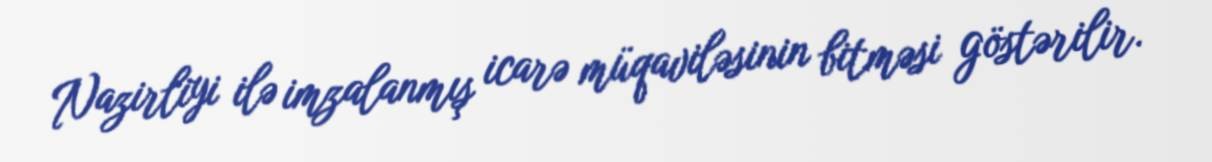
Nazirliyi ilə imzalanmış icarə müqaviləsinin bitməsi göstərilir.